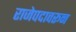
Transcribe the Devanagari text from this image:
राजेपदावरून